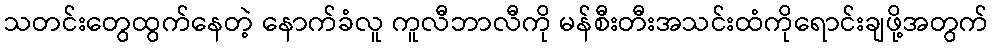
သတင်းတွေထွက်နေတဲ့ နောက်ခံလူ ကူလီဘာလီကို မန်စီးတီးအသင်းထံကိုရောင်းချဖို့အတွက်